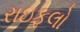
રાઇફલો